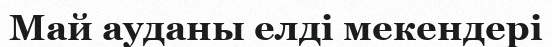
Май ауданы елді мекендері